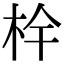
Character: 𭩧